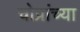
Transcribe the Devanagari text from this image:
चोप्रांच्या